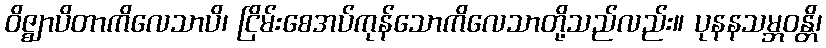
ဝိဇ္ဈာပိတာကိလေသာပိ၊ ငြိမ်းစေအပ်ကုန်သောကိလေသာတို့သည်လည်း။ ပုနနသမ္ဘဝန္တိ၊